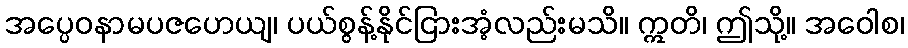
အပ္ပေဝနာမပဇဟေယျ၊ ပယ်စွန့်နိုင်ငြားအံ့လည်းမသိ။ ဣတိ၊ ဤသို့။ အဝေါစ၊